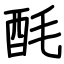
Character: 酕